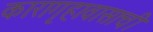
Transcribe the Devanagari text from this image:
कारागृहावासाची